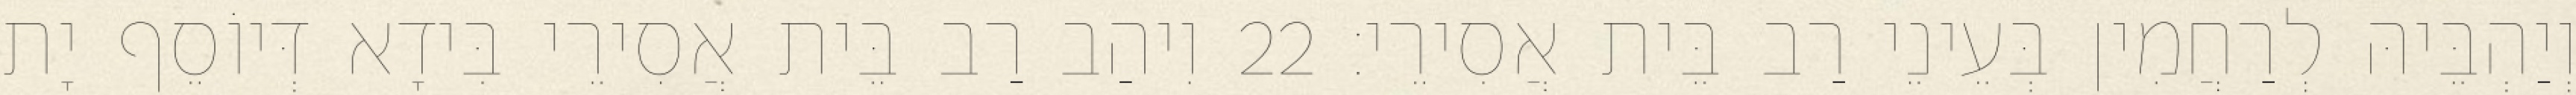
וְיַהְבֵּיהּ לְרַחֲמִין בְּעֵינֵי רַב בֵּית אֲסִירֵי׃ 22 וִיהַב רַב בֵּית אֲסִירֵי בִּידָא דְּיוֹסֵף יָת